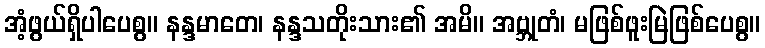
အံ့ဖွယ်ရှိပါပေစွ။ နန္ဒမာတေ၊ နန္ဒသတိုးသား၏ အမိ။ အဗ္ဘုတံ၊ မဖြစ်ဖူးမြဲဖြစ်ပေစွ။